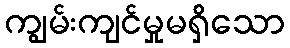
ကျွမ်းကျင်မှုမရှိသော